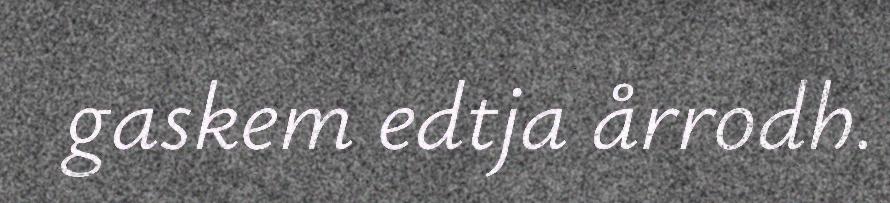
gaskem edtja årrodh.